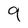
Character: 9